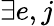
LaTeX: \exists e,j